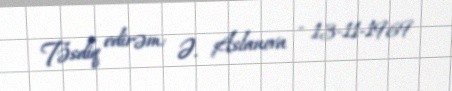
Təsdiq edirəm: Ə. Aslanova - 13-11-1969